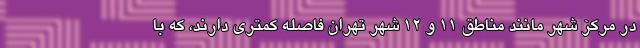
در مرکز شهر مانند مناطق ١١ و ١٢ شهر تهران فاصله کمتری دارند، که با